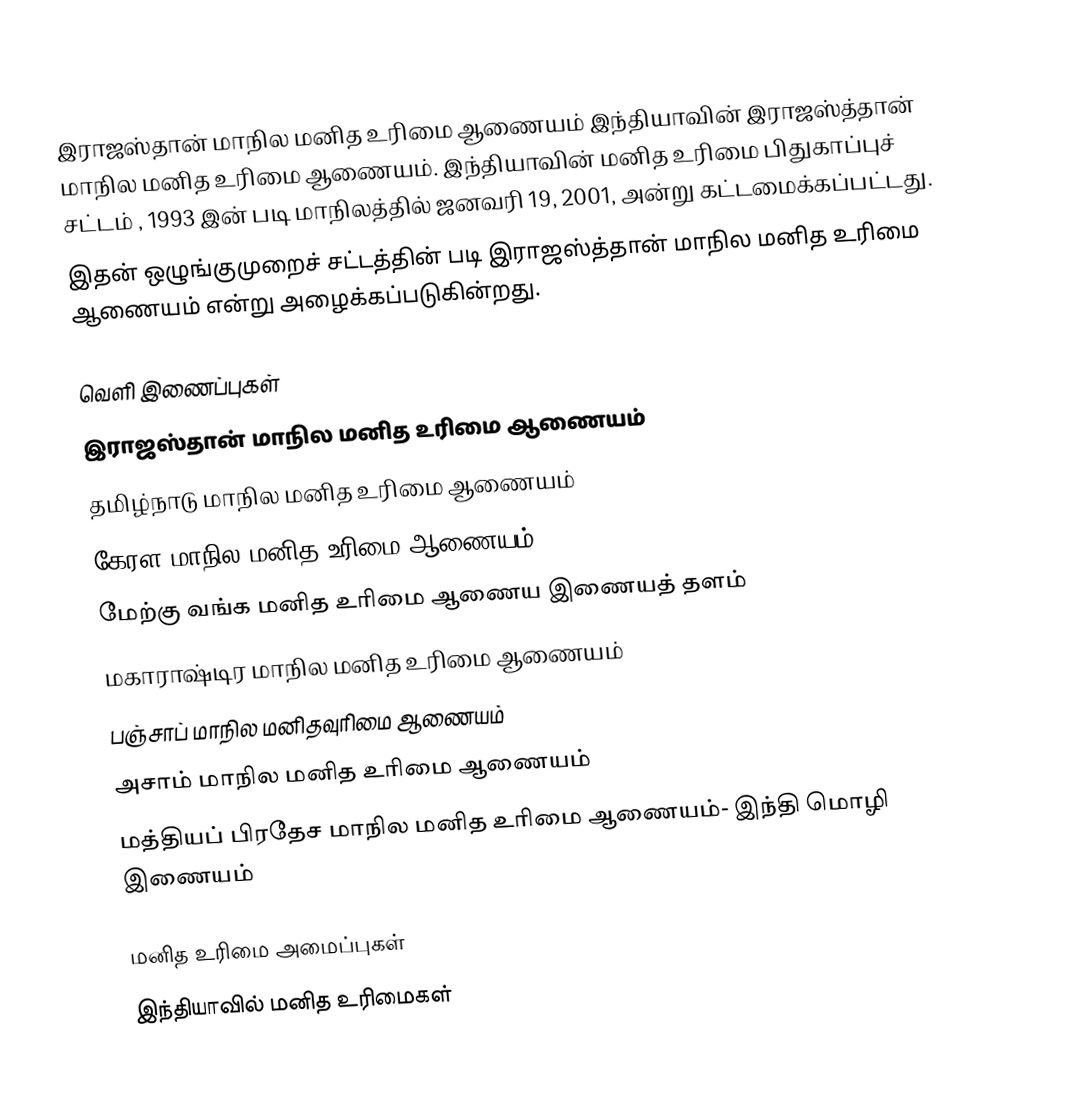
இராஜஸ்தான் மாநில மனித உரிமை ஆணையம் இந்தியாவின் இராஜஸ்த்தான் மாநில மனித உரிமை ஆணையம். இந்தியாவின் மனித உரிமை பிதுகாப்புச் சட்டம் , 1993 இன் படி மாநிலத்தில் ஜனவரி 19, 2001, அன்று கட்டமைக்கப்பட்டது.
இதன் ஒழுங்குமுறைச் சட்டத்தின் படி இராஜஸ்த்தான் மாநில மனித உரிமை ஆணையம் என்று அழைக்கப்படுகின்றது.

வெளி இணைப்புகள்
இராஜஸ்தான் மாநில மனித உரிமை ஆணையம்
தமிழ்நாடு மாநில மனித உரிமை ஆணையம்
கேரள மாநில மனித உரிமை ஆணையம்
மேற்கு வங்க மனித உரிமை ஆணைய இணையத் தளம்
மகாராஷ்டிர மாநில மனித உரிமை ஆணையம்
பஞ்சாப் மாநில மனிதவுரிமை ஆணையம்
அசாம் மாநில மனித உரிமை ஆணையம்
மத்தியப் பிரதேச மாநில மனித உரிமை ஆணையம்- இந்தி மொழி இணையம்

மனித உரிமை அமைப்புகள்
இந்தியாவில் மனித உரிமைகள்